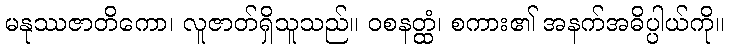
မနုဿဇာတိကော၊ လူဇာတ်ရှိသူသည်။ ဝစနတ္ထံ၊ စကား၏ အနက်အဓိပ္ပါယ်ကို။